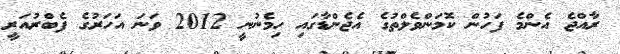
ރާއްޖެ އެންމެ ފަހުން ކޮމަންވެލްތުގެ އެޖެންޑާގައި ހިމެނުނީ 2012 ވަނަ އަހަރުގެ ފެބްރުއަރީ